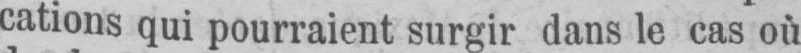
cations qui pourraient surgir dans le cas où